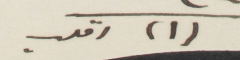
(١) اقلب